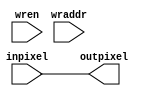
`timescale 1ns / 1ps
//////////////////////////////////////////////////////////////////////////////////
// Company: 
// Engineer: 
// 
// Design Name: 
// Module Name: SCM4
// Project Name: 
// Target Devices: 
// Tool Versions: 
// Description: 
// 
// Dependencies: 
// 
// Revision:
// Revision 0.01 - File Created
// Additional Comments:
// 
//////////////////////////////////////////////////////////////////////////////////


module SCM4(input [5:0]wren, input[6:0]wraddr, input [11:0]inpixel, output reg [11:0] outpixel);
    
    always @*
    begin
        //if (wren[5:0] == 6'b000100)
            outpixel = inpixel;
    end
    
endmodule